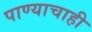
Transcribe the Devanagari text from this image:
पाण्‍याचाही